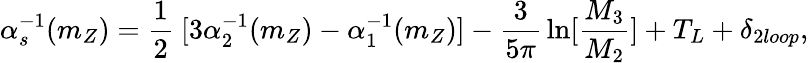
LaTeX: \alpha_{s}^{-1}(m_{Z})={\frac{1}{2}}~[3\alpha_{2}^{-1}(m_{Z})-\alpha_{1}^{-1}(m_{Z})]-{\frac{3}{5\pi}}\ln[{\frac{M_{3}}{M_{2}}}]+T_{L}+\delta_{2loop},